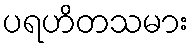
ပရဟိတသမား